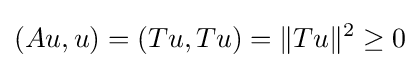
(Au,u)=(Tu,Tu)=\|Tu\|^{2}\geq 0